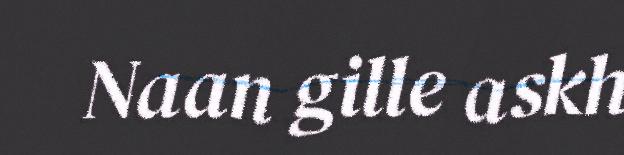
Naan gille askh